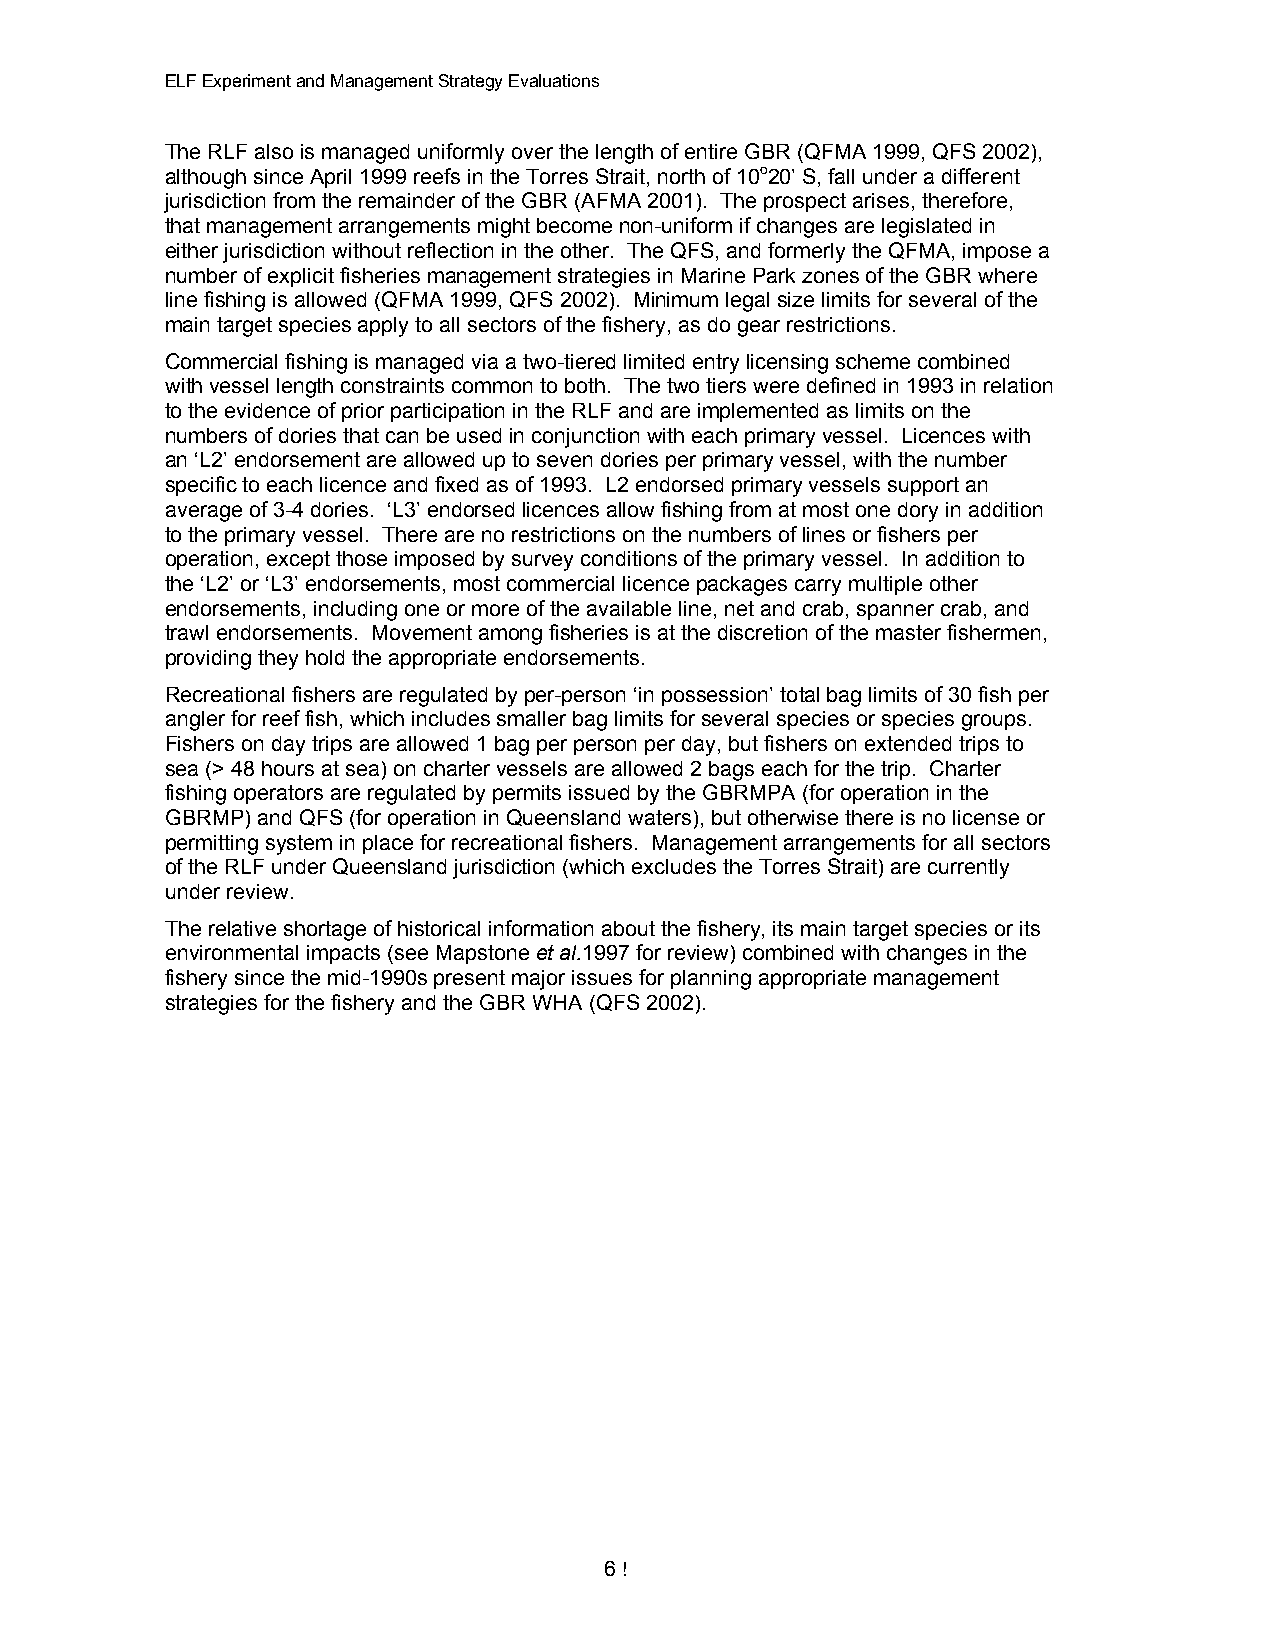
ELF Experiment and Management Strategy Evaluations
 The RLF also is managed uniformly over the length of entire GBR (QFMA 1999, QFS 2002),
 although since April 1999 reefs in the Torres Strait, north of 10o20’ S, fall under a different
 jurisdiction from the remainder of the GBR (AFMA 2001). The prospect arises, therefore,
 that management arrangements might become non-uniform if changes are legislated in
 either jurisdiction without reflection in the other. The QFS, and formerly the QFMA, impose a
 number of explicit fisheries management strategies in Marine Park zones of the GBR where
 line fishing is allowed (QFMA 1999, QFS 2002). Minimum legal size limits for several of the
 main target species apply to all sectors of the fishery, as do gear restrictions.
 Commercial fishing is managed via a two-tiered limited entry licensing scheme combined
 with vessel length constraints common to both. The two tiers were defined in 1993 in relation
 to the evidence of prior participation in the RLF and are implemented as limits on the
 numbers of dories that can be used in conjunction with each primary vessel. Licences with
 an ‘L2’ endorsement are allowed up to seven dories per primary vessel, with the number
 specific to each licence and fixed as of 1993. L2 endorsed primary vessels support an
 average of 3-4 dories. ‘L3’ endorsed licences allow fishing from at most one dory in addition
 to the primary vessel. There are no restrictions on the numbers of lines or fishers per
 operation, except those imposed by survey conditions of the primary vessel. In addition to
 the ‘L2’ or ‘L3’ endorsements, most commercial licence packages carry multiple other
 endorsements, including one or more of the available line, net and crab, spanner crab, and
 trawl endorsements. Movement among fisheries is at the discretion of the master fishermen,
 providing they hold the appropriate endorsements.
 Recreational fishers are regulated by per-person ‘in possession’ total bag limits of 30 fish per
 angler for reef fish, which includes smaller bag limits for several species or species groups.
 Fishers on day trips are allowed 1 bag per person per day, but fishers on extended trips to
 sea (> 48 hours at sea) on charter vessels are allowed 2 bags each for the trip. Charter
 fishing operators are regulated by permits issued by the GBRMPA (for operation in the
 GBRMP) and QFS (for operation in Queensland waters), but otherwise there is no license or
 permitting system in place for recreational fishers. Management arrangements for all sectors
 of the RLF under Queensland jurisdiction (which excludes the Torres Strait) are currently
 under review.
 The relative shortage of historical information about the fishery, its main target species or its
 environmental impacts (see Mapstone et al.1997 for review) combined with changes in the
 fishery since the mid-1990s present major issues for planning appropriate management
 strategies for the fishery and the GBR WHA (QFS 2002).
 6 !